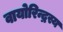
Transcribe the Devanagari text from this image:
वायोरिन्द्रस्य